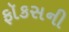
ફૉકસની